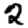
Digit: 2